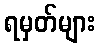
ရမှတ်များ